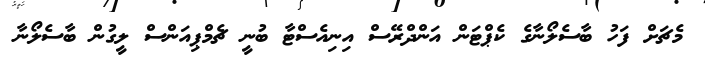
މެޗަށް ފަހު ބާސެލޯނާގެ ކެޕްޓަން އަންދްރޭސް އިނިއެސްޓާ ބުނީ ޗެމްޕިއަންސް ލީގުން ބާސެލޯނާ